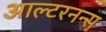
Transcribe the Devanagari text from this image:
आल्टरनन्स